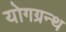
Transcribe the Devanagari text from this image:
योगग्रन्थ